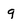
Character: g